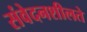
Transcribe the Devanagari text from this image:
संवेदनशीलते